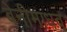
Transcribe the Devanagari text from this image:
बेनीमाधव